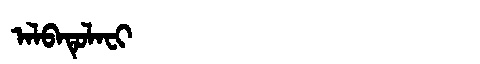
Manchu: ᠠᠯᠪᠠᡨᡠᠯᠠᠸᡳ
Romanization: ALBATULAFI